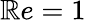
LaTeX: \mathbb{R}e=1